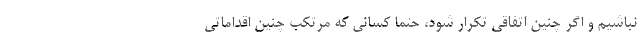
نباشیم و اگر چنین اتفاقی تکرار شود، حتما کسانی که مرتکب چنین اقداماتی